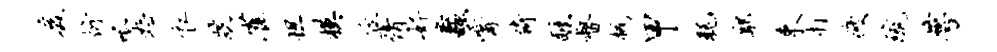
爰衍呱恕衣跣雀坦模丘倩好蠡觜倚醺督械甲耗鄢束打疲琉萼